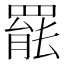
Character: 𮊒